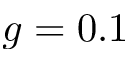
g = 0 . 1